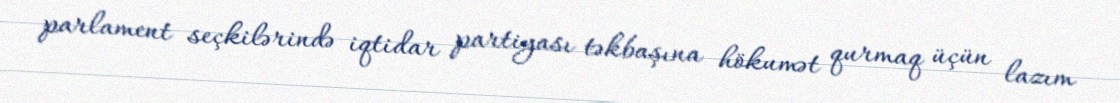
parlament seçkilərində iqtidar partiyası təkbaşına hökumət qurmaq üçün lazım